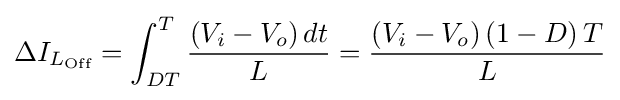
\Delta I_{L_{\text{Off}}}=\int _{DT}^{T}{\frac {\left(V_{i}-V_{o}\right)dt}{L}}={\frac {\left(V_{i}-V_{o}\right)\left(1-D\right)T}{L}}